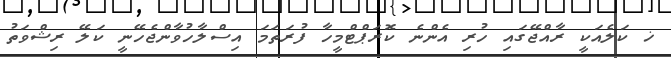
ޚ ކަލެއަކީ ރާއްޖޭގައި ހުރި އެންނެ ކޮރަޕްޓްމީހާ ފުރަތަމަ އިސްލާހުވާންޖެހޭނީ ކަލޭ ރިޝްވަތު